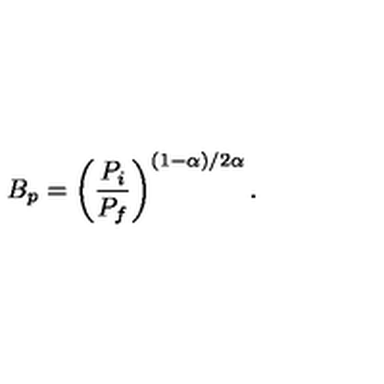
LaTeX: B _ { p } = \left( \frac { P _ { i } } { P _ { f } } \right) ^ { ( 1 - \alpha ) / 2 \alpha } .